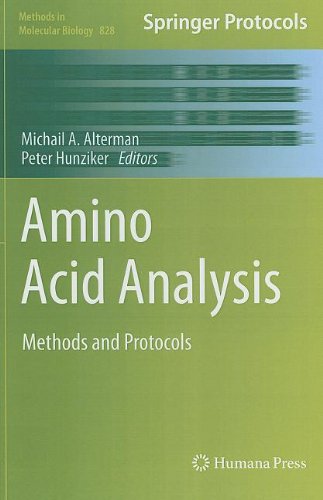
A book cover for Amino Acid Analysis: Methods and Protocols (Methods in Molecular Biology); Science & Math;